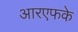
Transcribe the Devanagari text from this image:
आरएफके